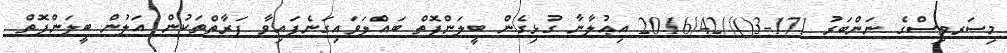
މިސަރވިސްގެ ނަންބަރު 171-3()//2016/42 އިޢުލާނާ ގުޅިގެން ބީލަންފޮތް ބައްލަވައިގަނެފައިވާ ފަރާތްތަކުން އަލުން ބީލަންފޮތް